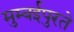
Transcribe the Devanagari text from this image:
मुम्बईपुरते